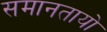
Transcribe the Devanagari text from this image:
समानतायो